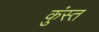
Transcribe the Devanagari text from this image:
कुंस्त